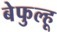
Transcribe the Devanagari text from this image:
बेफुल्हू